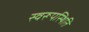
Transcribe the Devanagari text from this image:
स्वरूपस्थिति